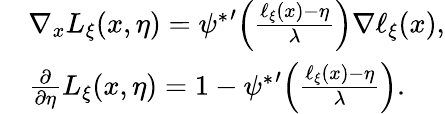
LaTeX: \begin{array}{rl}&{\nabla_{x}L_{\xi}(x,\eta)={\psi^{*}}^{\prime}\Big(\frac{\ell_{\xi}(x)-\eta}{\lambda}\Big)\nabla\ell_{\xi}(x),}\\ &{\frac{\partial}{\partial\eta}L_{\xi}(x,\eta)=1-{\psi^{*}}^{\prime}\Big(\frac{\ell_{\xi}(x)-\eta}{\lambda}\Big).}\end{array}